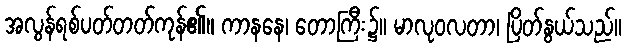
အလွန်ရစ်ပတ်တတ်ကုန်၏။ ကာနနေ၊ တောကြီး၌။ မာလုဝလတာ၊ ပြိတ်နွယ်သည်။